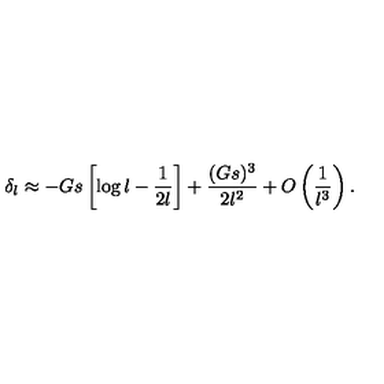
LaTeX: \delta _ { l } \approx - G s \left[ \log { l } - { \frac { 1 } { 2 l } } \right] + { \frac { ( G s ) ^ { 3 } } { 2 l ^ { 2 } } } + O \left( \frac { 1 } { l ^ { 3 } } \right) .